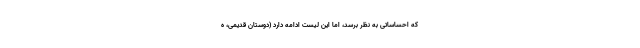
که احساساتی به نظر برسد، اما این لیست ادامه دارد (دوستان قدیمی، ه